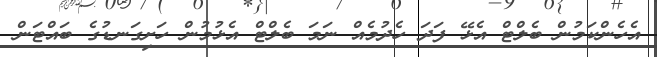
އެހެންކަމުން ބެލްޓް އެޅޭ ފަދަ ހެދުމެއް ނަމަ ބެލްޓް އެޅުމުން ހަށިގަނޑުގެ ބައްޓަން